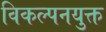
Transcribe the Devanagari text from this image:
विकल्पनयुक्त